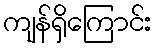
ကျန်ရှိကြောင်း